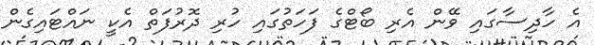
އެ ހާދިސާގައި ވޭން އެރި ބޯޓްގެ ފަހަތުގައި ހުރި ދޮރުފަތް އެކީ ނައްޓައިގެން